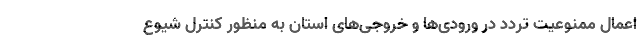
اعمال ممنوعیت تردد در ورودی‌ها و خروجی‌های استان به منظور کنترل شیوع